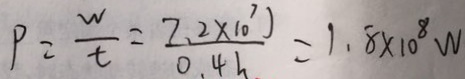
P = \frac { w } { t } = \frac { 7 . 2 \times 1 0 ^ { 7 } J } { 0 . 4 h } = 1 . 8 \times 1 0 ^ { 8 } W